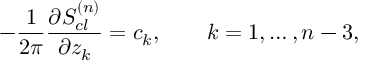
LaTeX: - { \frac { 1 } { 2 \pi } } { \frac { \partial S _ { c l } ^ { ( n ) } } { \partial z _ { k } } } = c _ { k } , \qquad k = 1 , \ldots , n - 3 ,